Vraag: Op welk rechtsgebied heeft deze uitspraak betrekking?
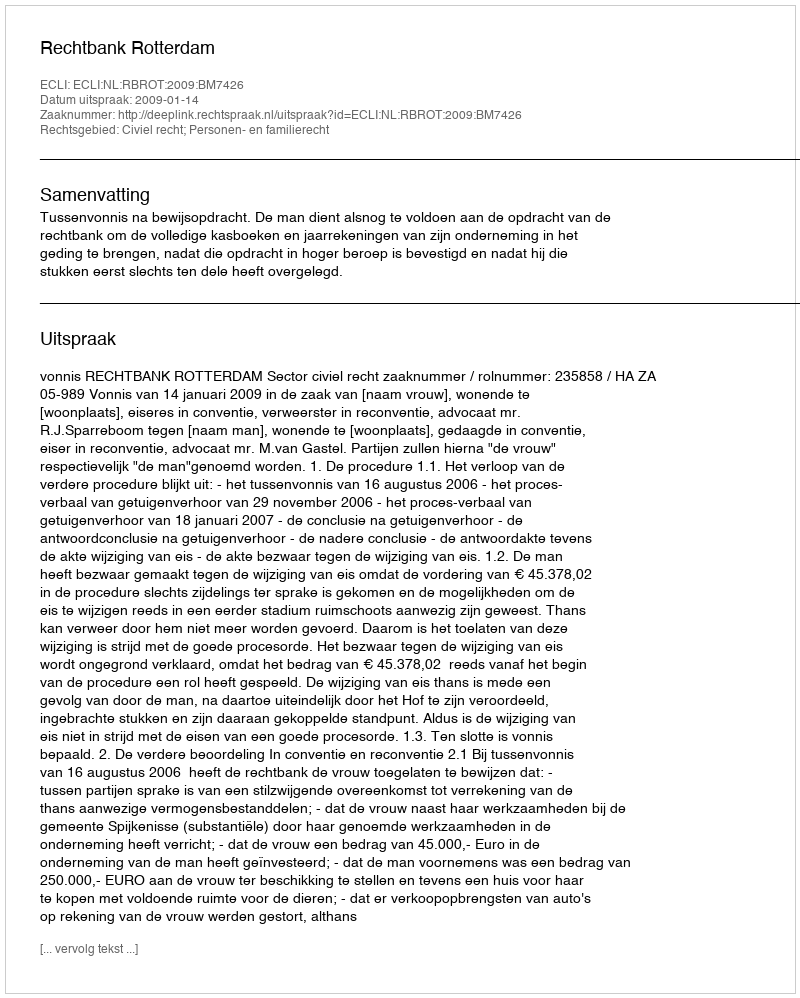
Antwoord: Civiel recht; Personen- en familierecht